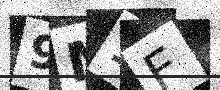
Text: 9M1F